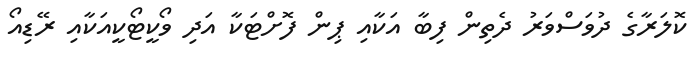
ކޮލަރާގެ ދުވަސްވަރު ދެތިން ފިބާ އަކާއި ޕިން ފޮށްޓަކާ އަދި ވޯކީޓޯކީއަކާއި ރޭޑިއޯ